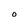
Character: O